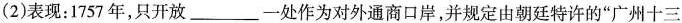
(2)表现：1757年，只开放___一处作为对外通商口岸，并规定由朝廷特许的”广州十三